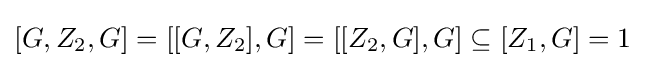
[G,Z_{2},G]=[[G,Z_{2}],G]=[[Z_{2},G],G]\subseteq [Z_{1},G]=1